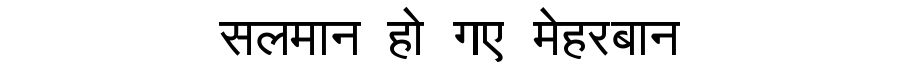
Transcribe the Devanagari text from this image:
सलमान हो गए मेहरबान